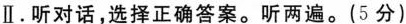
Ⅱ.听对话，选择正确答案。听两遍。(5分)